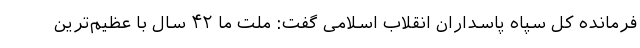
فرمانده کل سپاه پاسداران انقلاب اسلامی گفت: ملت ما ۴۲ سال با عظیم‌ترین